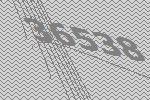
36538